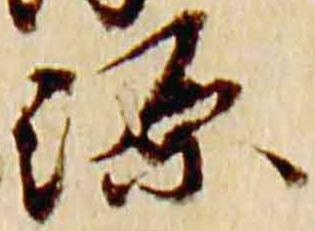
源